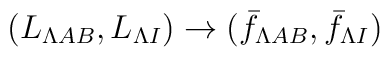
(L_{\Lambda AB}, L_{\Lambda I}) \to  (\bar f_{\Lambda AB}, \bar f_{\Lambda I})